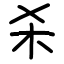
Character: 杀